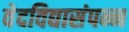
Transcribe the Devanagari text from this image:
वेदविद्यासंपन्न